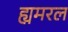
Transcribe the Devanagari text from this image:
ह्यमरल